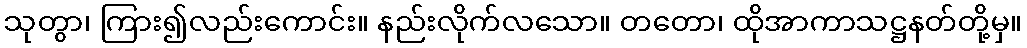
သုတွာ၊ ကြား၍လည်းကောင်း။ နည်းလိုက်လသော။ တတော၊ ထိုအာကာသဋ္ဌနတ်တို့မှ။